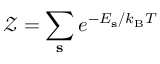
\mathcal { Z } = \sum _ { \mathbf { s } } e ^ { - E _ { \mathbf { s } } / k _ { \mathrm { B } } T }